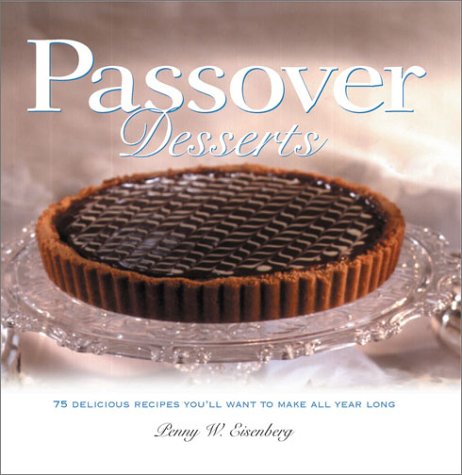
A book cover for Passover Desserts (Cooking/Gardening); Penny W. Eisenberg; Cookbooks, Food & Wine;